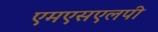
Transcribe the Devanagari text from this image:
एमएसएलपी